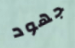
جهود